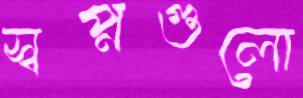
স্বপ্নগুলো